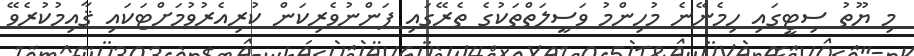
މި ޔޫތު ސިޓީގައި ހިމެނޭނެ މުހިންމު ވަސީލަތްތަކުގެ ތެރޭގައި ފަންނުވެރިކަން ކުރިއެރުވުމަށްޓަކައި ޤާއިމުކުރެވޭ